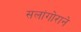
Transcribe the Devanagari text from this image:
सलांगोराने